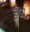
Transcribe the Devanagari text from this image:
इष्य